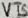
Text: VT5